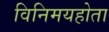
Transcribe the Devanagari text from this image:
विनिमयहोता